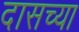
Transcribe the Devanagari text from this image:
दासच्या